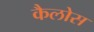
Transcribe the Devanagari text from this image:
कैलोस